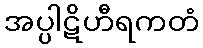
အပ္ပါဋိဟီရကတံ